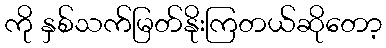
ကို နှစ်သက်မြတ်နိုးကြတယ်ဆိုတော့